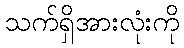
သက်ရှိအားလုံးကို